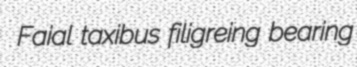
Faial taxibus filigreing bearing